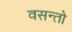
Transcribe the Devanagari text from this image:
वसन्तो